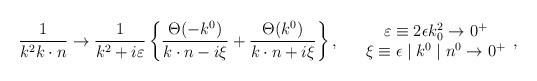
LaTeX: \begin{align*}\frac{1}{k^2k\cdot n} \rightarrow \frac{1}{k^2+i\varepsilon}\left\{ \frac {\Theta(-k^0)}{k\cdot n-i\xi}+\frac {\Theta(k^0)}{k\cdot n+i\xi}\right\},\hspace{.5cm} \begin{array}{c} \varepsilon\equiv 2\epsilon k_0^2 \rightarrow 0^{+} \\\xi \equiv \epsilon \mid k^0 \mid n^0\rightarrow 0^{+} \end{array},\end{align*}